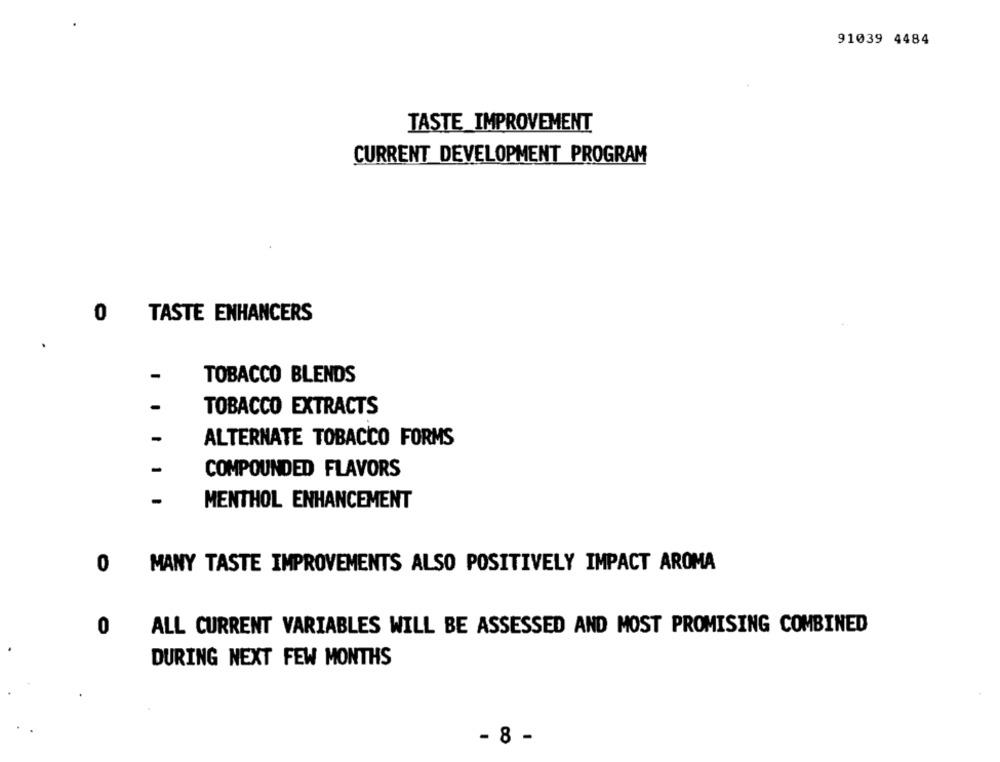
91039 4484
TASTE_IMPROVEMENT
CURRENT DEVELOPMENT PROGRAM
0
TASTE ENHANCERS
TOBACCO BLENDS
TOBACCO EXTRACTS
ALTERNATE TOBACCO FORMS
-
COMPOUNDED FLAVORS
-
MENTHOL ENHANCEMENT
0
MANY TASTE IMPROVEMENTS ALSO POSITIVELY IMPACT AROMA
0
ALL CURRENT VARIABLES WILL BE ASSESSED AND MOST PROMISING COMBINED
DURING NEXT FEW MONTHS
- 8 -